Annual report of the Punjab Veterinary College and of the Civil Veterinary Department, Punjab - 1920-1925
Year: 1920
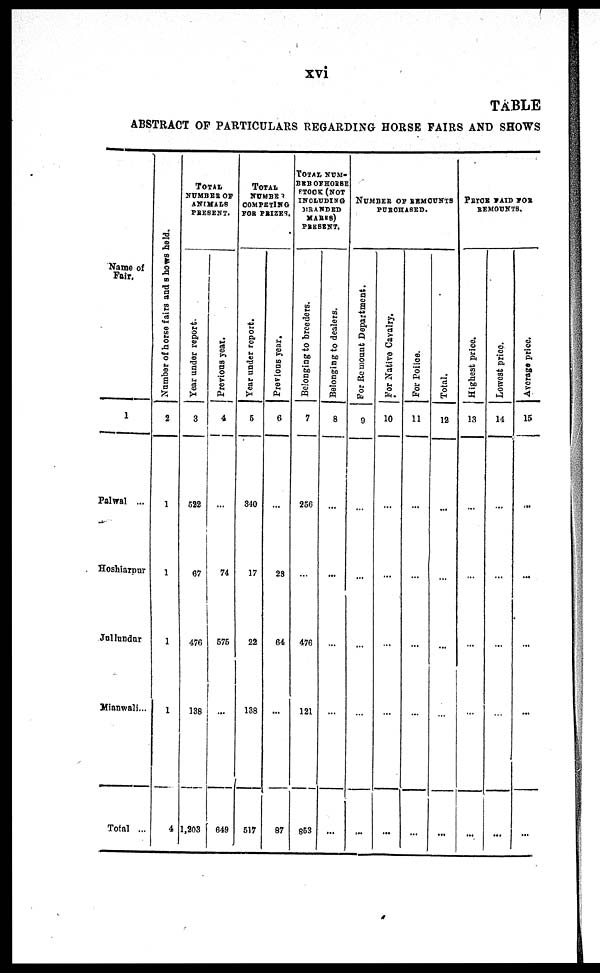
xvi
TABLE
ABSTRACT OF PARTICULARS REGARDING HORSE FAIRS AND SHOWS
Name of
Fair.
1
Palwal ...
Hoshiarpur
Jullundur
Mianwali...
Total ...
Number of horse fairs and 8 hows held.
2
1
1
1
1
4
TOTAL
NUMBER OF
ANIMALS
PRESENT.
Year under report.
3
522
67
476
138
1,203
Previous year.
4
...
74
575
...
649
TOTAL
NUMBER
COMPETING
FOR PRIZES.
Year under report.
5
340
17
22
138
517
Previous year.
6
...
23
64
...
87
TOTAL NUM-
BER OF HORSE
STOCK (NOT
INCLUDING
GRANDBD
MARES)
PRESENT.
Belonging to breeders.
7
256
...
476
121
853
Belonging to dealers.
8
...
...
...
...
...
NUMBER OF REMOUNTS
PURCHASED.
For Remount Department.
9
...
...
...
...
...
For Native Cavalry.
10
...
...
...
...
...
For Police.
11
...
...
...
...
...
Total.
12
...
...
...
...
...
PRICE
PAID
FOR
REMOUNTS.
Highest price.
13
...
...
...
...
...
Lowest price.
14
...
...
...
...
...
Average price.
15
...
...
...
...
...